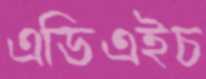
এডিএইচ